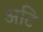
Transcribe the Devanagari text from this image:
अटि